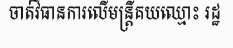
ចាត់វិធានការលើមន្ត្រីគយឈ្មោះ រដ្ឋ